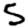
Digit: 5